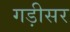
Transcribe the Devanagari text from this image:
गड़ीसर